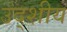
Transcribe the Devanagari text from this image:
उद्शीय